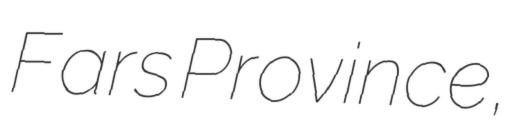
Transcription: Fars Province,